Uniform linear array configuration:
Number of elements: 16
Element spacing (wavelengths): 0.25
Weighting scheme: hann
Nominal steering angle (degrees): -30
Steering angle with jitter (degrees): -28.3
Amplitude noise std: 0.05
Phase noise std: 0.05

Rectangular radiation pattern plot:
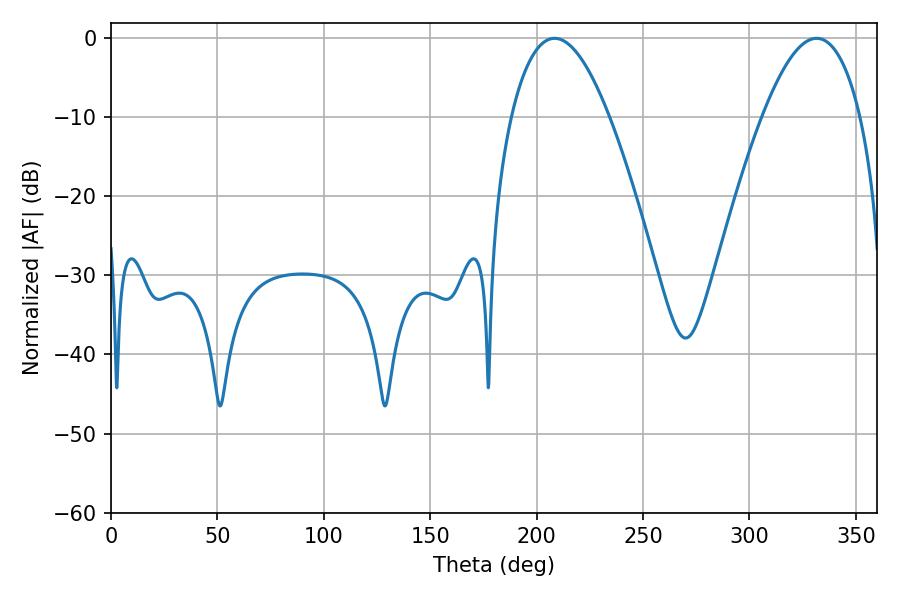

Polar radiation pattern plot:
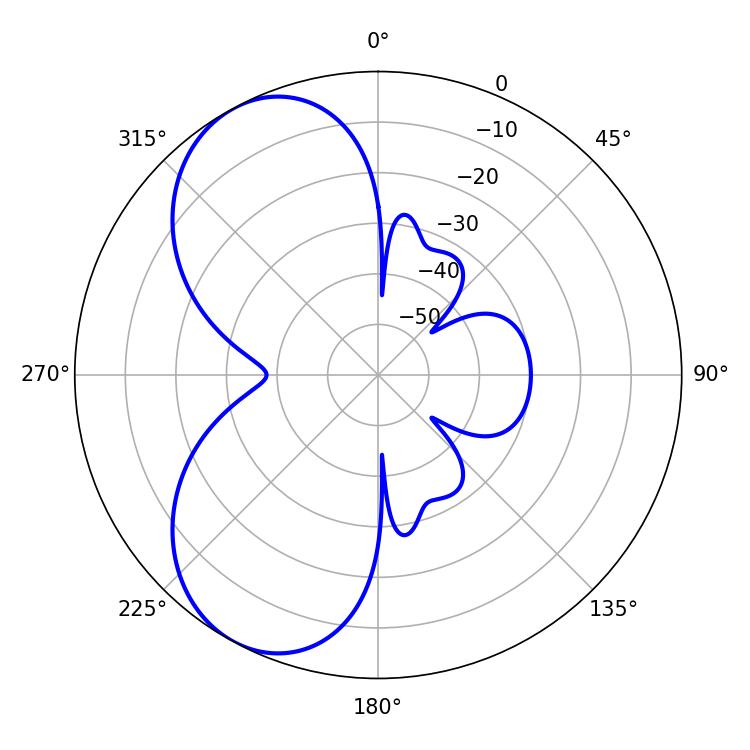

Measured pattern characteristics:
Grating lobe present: FALSE
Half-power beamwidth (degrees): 25.38
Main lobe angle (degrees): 208.44